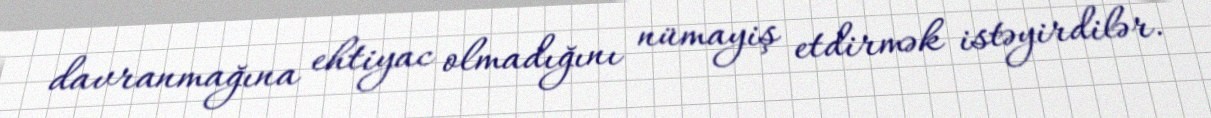
davranmağına ehtiyac olmadığını nümayiş etdirmək istəyirdilər.